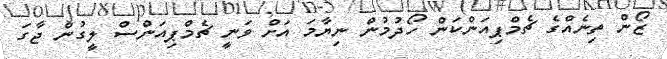
ޒޯން ތިނެއްގެ ޗެމްޕިއަންކަން ހޯދުމުން ނިޔާމަ އަށް ވަނީ ޗެމްޕިއަންސް ލީގުން ޖާގަ